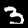
Digit: 3